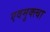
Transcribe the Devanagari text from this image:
एवमुक्त्वा